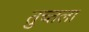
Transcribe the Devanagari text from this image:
तुच्तला